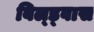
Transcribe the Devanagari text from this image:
बिल्ड्वास